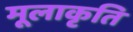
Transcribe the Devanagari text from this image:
मूलाकृति